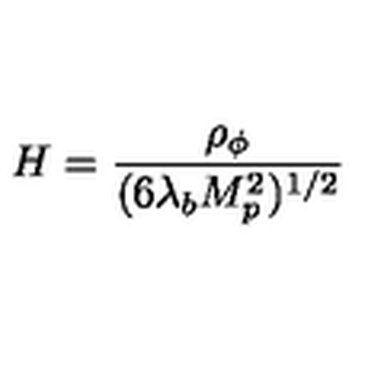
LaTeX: H = { \frac { \rho _ { \phi } } { ( 6 \lambda _ { b } M _ { p } ^ { 2 } ) ^ { 1 / 2 } } }